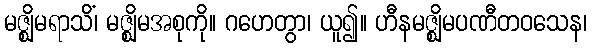
မဇ္ဈိမရာသိံ၊ မဇ္ဈိမအစုကို။ ဂဟေတွာ၊ ယူ၍။ ဟီနမဇ္ဈိမပဏီတဝသေန၊